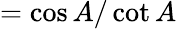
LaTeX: ={\cos A/\cot A}